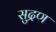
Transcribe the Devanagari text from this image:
सुद्रण